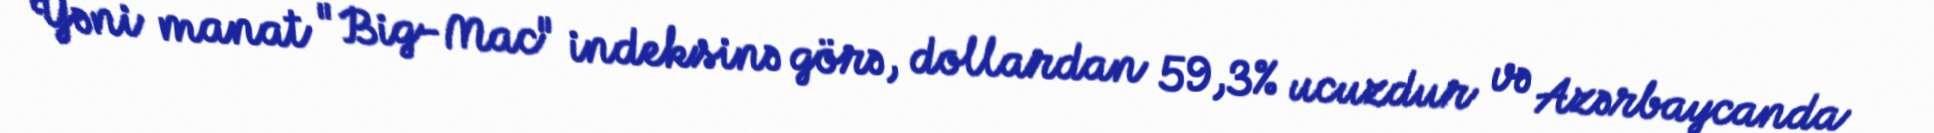
Yəni manat "Big-Mac" indeksinə görə, dollardan 59,3% ucuzdur və Azərbaycanda